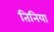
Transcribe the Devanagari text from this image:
तिनिया